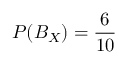
P ( B _ { X } ) = { \frac { 6 } { 1 0 } }